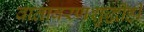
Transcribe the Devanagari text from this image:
वातावरणशुद्धीही